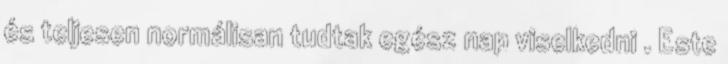
és teljesen normálisan tudtak egész nap viselkedni . Este